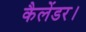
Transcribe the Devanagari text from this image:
कैलेंडर।